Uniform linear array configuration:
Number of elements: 64
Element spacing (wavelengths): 0.5
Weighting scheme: cosine
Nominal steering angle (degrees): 30
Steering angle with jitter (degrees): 29.02
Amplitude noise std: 0.05
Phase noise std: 0.05

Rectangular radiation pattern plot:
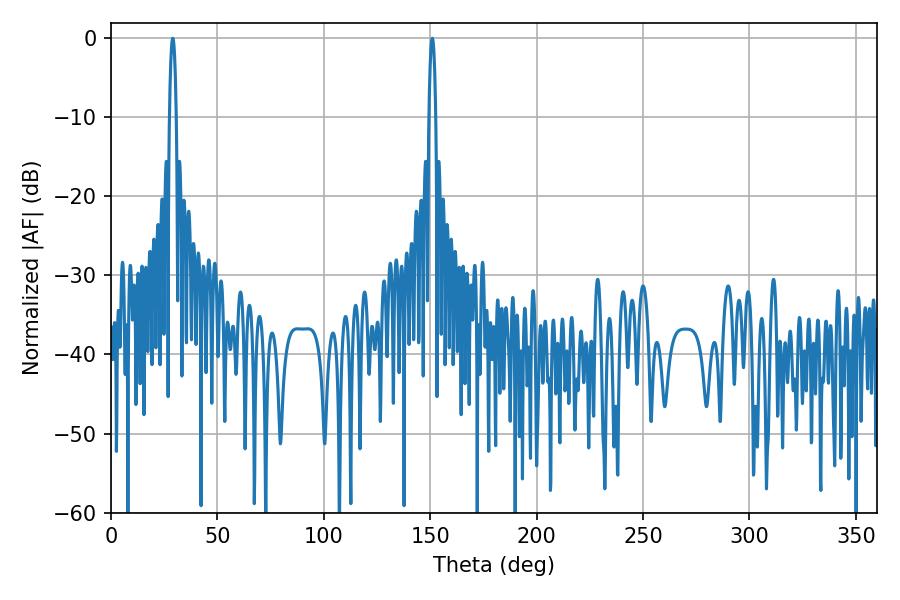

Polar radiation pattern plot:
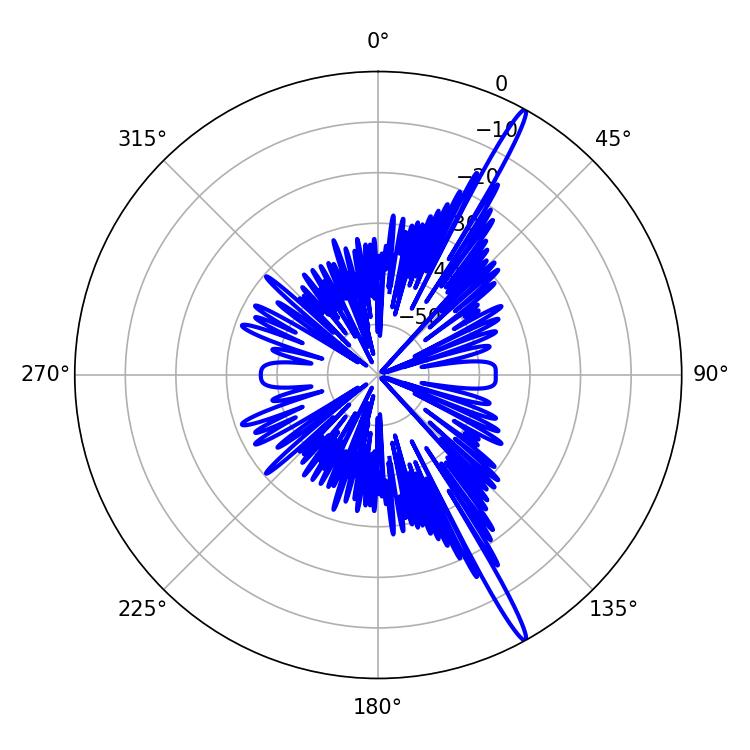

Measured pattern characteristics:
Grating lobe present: FALSE
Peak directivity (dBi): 17.578
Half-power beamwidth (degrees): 1.8
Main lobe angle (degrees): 28.98